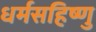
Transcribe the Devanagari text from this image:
धर्मसहिष्णु